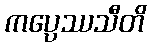
ကပ္ပေဿသီတိ